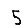
Digit: 5